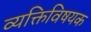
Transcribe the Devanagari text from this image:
व्यक्तिविषयक